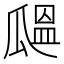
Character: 𤬒